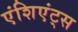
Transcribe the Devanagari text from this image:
एंशिएंट्स